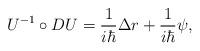
LaTeX: \begin{align*}U^{-1}\circ DU=\frac 1{i\hbar }\Delta r+\frac 1{i\hbar }\psi , \end{align*}